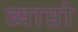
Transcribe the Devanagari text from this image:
व्याप्तो